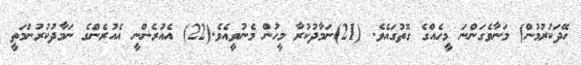
ހޭދަކުރުމުން) މަނާވެގަންނަ މީހެއްގެ ގޮތުގައެވެ. (21)ނަމާދުކުރާ މީހުން މެނުވީއެވެ.(22) އެއުރެންނީ އެއުރެންގެ ނަމާދުކުރުންމަތީ